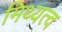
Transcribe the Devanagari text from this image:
मिथ्यत्व